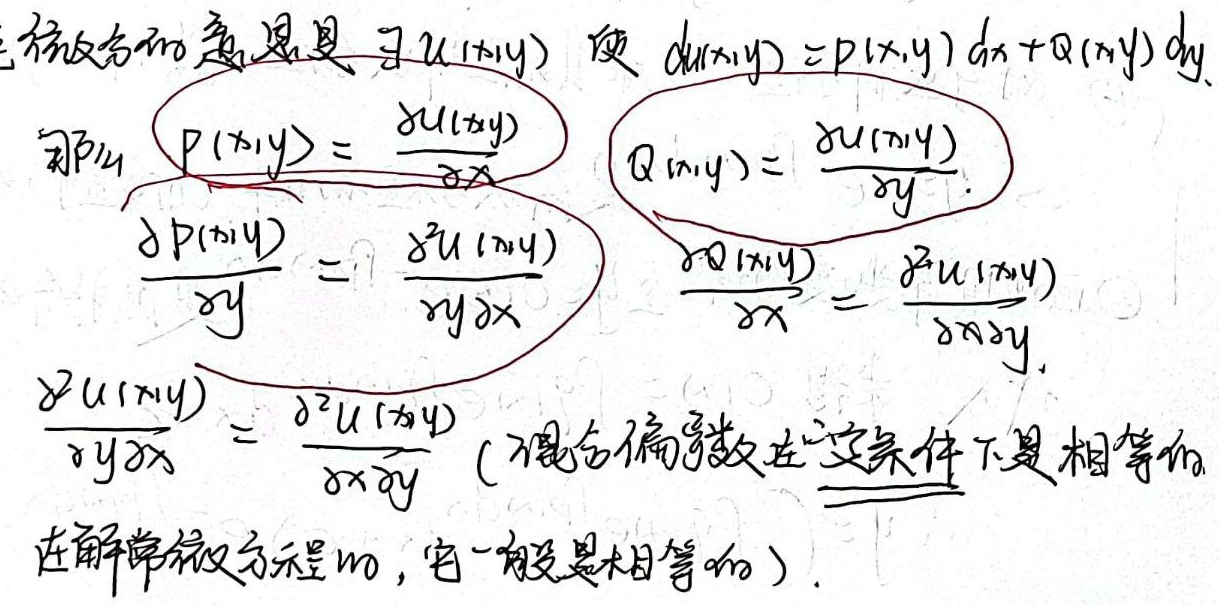
全微分方程的意思是：寻\(u(x,y)\)使\(du(x,y)=P(x,y)dx + Q(x,y)dy\)。

那么\(P(x,y)=\frac{\partial u(x,y)}{\partial x}\)，\(Q(x,y)=\frac{\partial u(x,y)}{\partial y}\)。

\(\frac{\partial P(x,y)}{\partial y}=\frac{\partial^{2}u(x,y)}{\partial y\partial x}\)，\(\frac{\partial Q(x,y)}{\partial x}=\frac{\partial^{2}u(x,y)}{\partial x\partial y}\)。

\(\frac{\partial^{2}u(x,y)}{\partial y\partial x}=\frac{\partial^{2}u(x,y)}{\partial x\partial y}\)（混合偏导数在这条件下是相等的，在解常微分方程时，它一般是相等的）